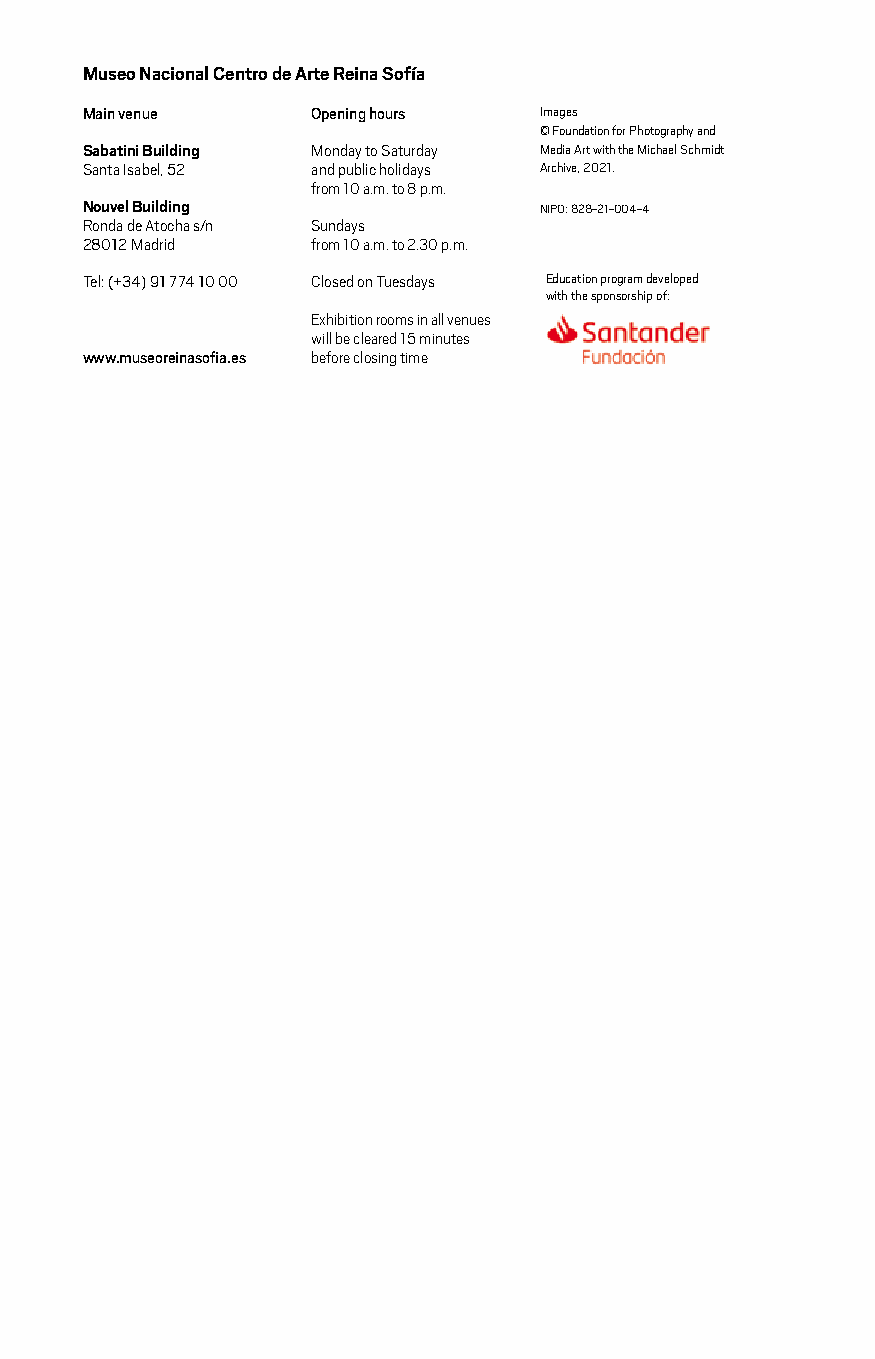
Museo Nacional Centro de Arte Reina Sofía
 Main venue      Opening hours  Images
 © Foundation for Photography and
 Sabatini Building Monday to Saturday Media Art with the Michael Schmidt
 Santa Isabel, 52 and public holidays Archive, 2021.
 from 10 a.m. to 8 p.m.
 Nouvel Building                NIPO: 828-21-004-4
 Ronda de Atocha s/n Sundays
 28012 Madrid    from 10 a.m. to 2.30 p.m.
 Tel: (+34) 91 774 10 00 Closed on Tuesdays Education program developed
 with the sponsorship of:
 Exhibition rooms in all venues
 will be cleared 15 minutes
 www.museoreinasofia.es before closing time
 36